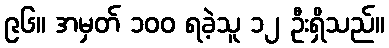
၉၆။ အမှတ် ၁၀၀ ရခဲ့သူ ၁၂ ဦးရှိသည်။